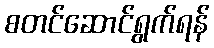
စတင်ဆောင်ရွက်ရန်